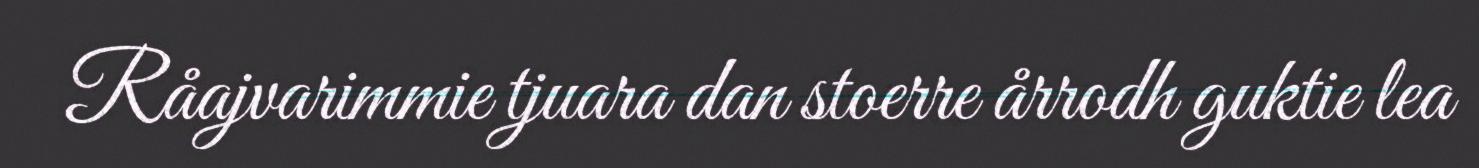
Råajvarimmie tjuara dan stoerre årrodh guktie lea